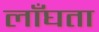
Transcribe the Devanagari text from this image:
लाँघता